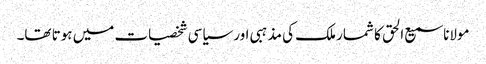
مولانا سمیع الحق کا شمار ملک کی مذہبی اور سیاسی شخصیات میں ہوتا تھا۔